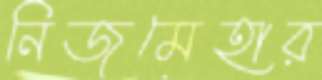
নিজমেহার